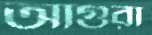
আগুরা